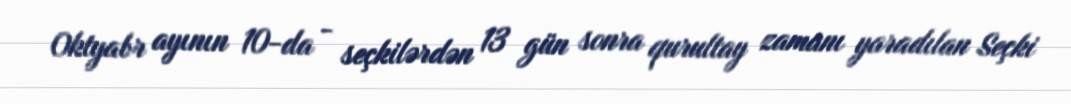
Oktyabr ayının 10-da - seçkilərdən 13 gün sonra qurultay zamanı yaradılan Seçki